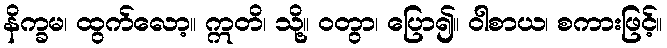
နိက္ခမ၊ ထွက်လော့။ ဣတိ၊ သို့။ ဝတွာ၊ ပြော၍။ ဝါစာယ၊ စကားဖြင့်။